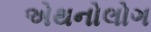
એથનોલોગ